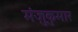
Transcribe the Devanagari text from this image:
मंजुकुमार